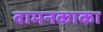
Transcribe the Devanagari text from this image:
वामनकाका